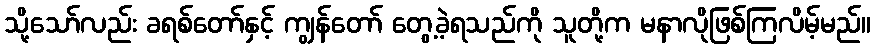
သို့သော်လည်း ခရစ်တော်နှင့် ကျွန်တော် တွေ့ခဲ့ရသည်ကို သူတို့က မနာလိုဖြစ်ကြလိမ့်မည်။